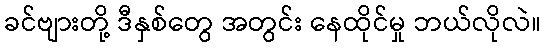
ခင်ဗျားတို့ ဒီနှစ်တွေ အတွင်း နေထိုင်မှု ဘယ်လိုလဲ။